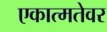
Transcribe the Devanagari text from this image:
एकात्मतेवर